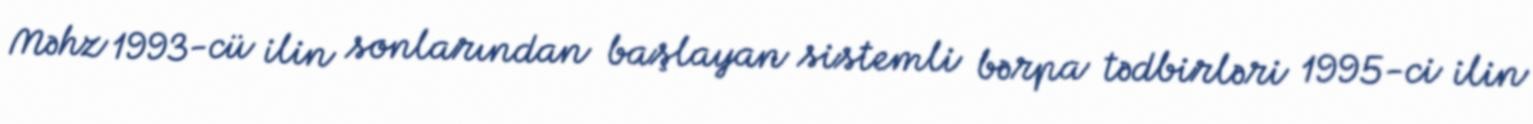
Məhz 1993-cü ilin sonlarından başlayan sistemli bərpa tədbirləri 1995-ci ilin